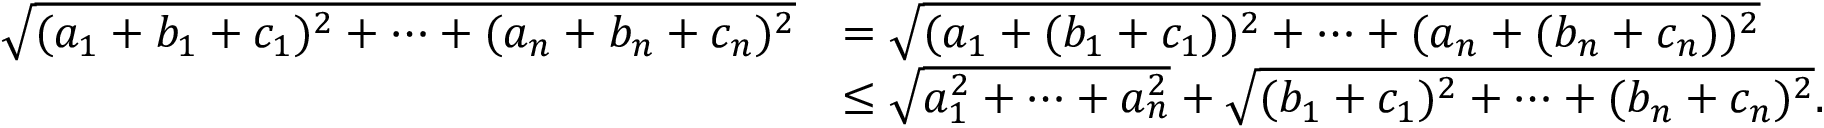
\begin{array} { r l } { \sqrt { ( a _ { 1 } + b _ { 1 } + c _ { 1 } ) ^ { 2 } + \cdots + ( a _ { n } + b _ { n } + c _ { n } ) ^ { 2 } } } & { = \sqrt { ( a _ { 1 } + ( b _ { 1 } + c _ { 1 } ) ) ^ { 2 } + \cdots + ( a _ { n } + ( b _ { n } + c _ { n } ) ) ^ { 2 } } } \\ & { \leq \sqrt { a _ { 1 } ^ { 2 } + \cdots + a _ { n } ^ { 2 } } + \sqrt { ( b _ { 1 } + c _ { 1 } ) ^ { 2 } + \cdots + ( b _ { n } + c _ { n } ) ^ { 2 } } . } \end{array}